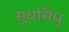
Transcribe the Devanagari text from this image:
सुधसिंधु